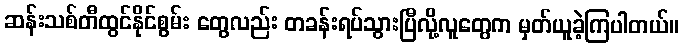
ဆန်းသစ်တီထွင်နိုင်စွမ်း တွေလည်း တခန်းရပ်သွားပြီလို့လူတွေက မှတ်ယူခဲ့ကြပါတယ်။